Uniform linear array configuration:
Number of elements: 24
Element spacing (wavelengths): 0.75
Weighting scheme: hamming
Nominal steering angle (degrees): -30
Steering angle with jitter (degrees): -31.339
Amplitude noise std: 0.05
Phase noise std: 0.05

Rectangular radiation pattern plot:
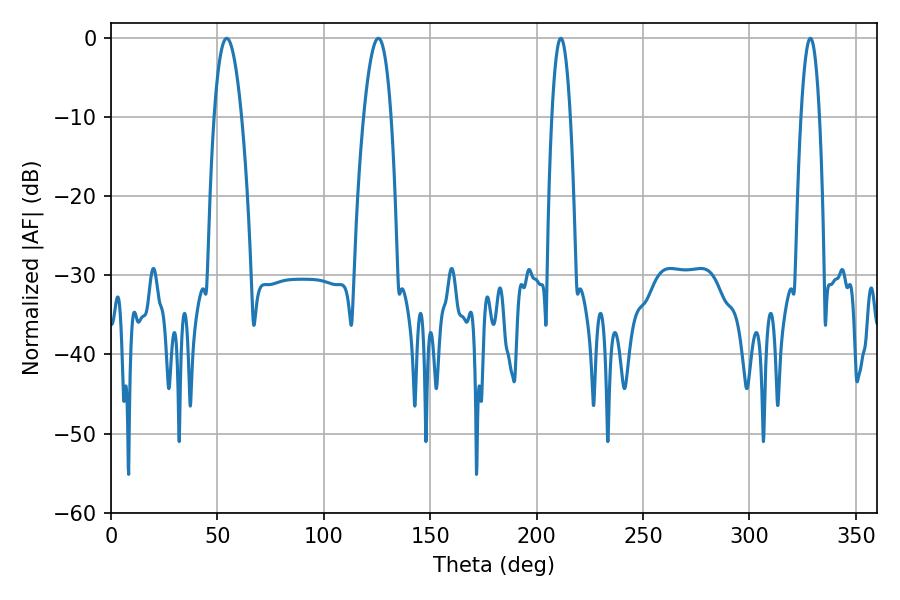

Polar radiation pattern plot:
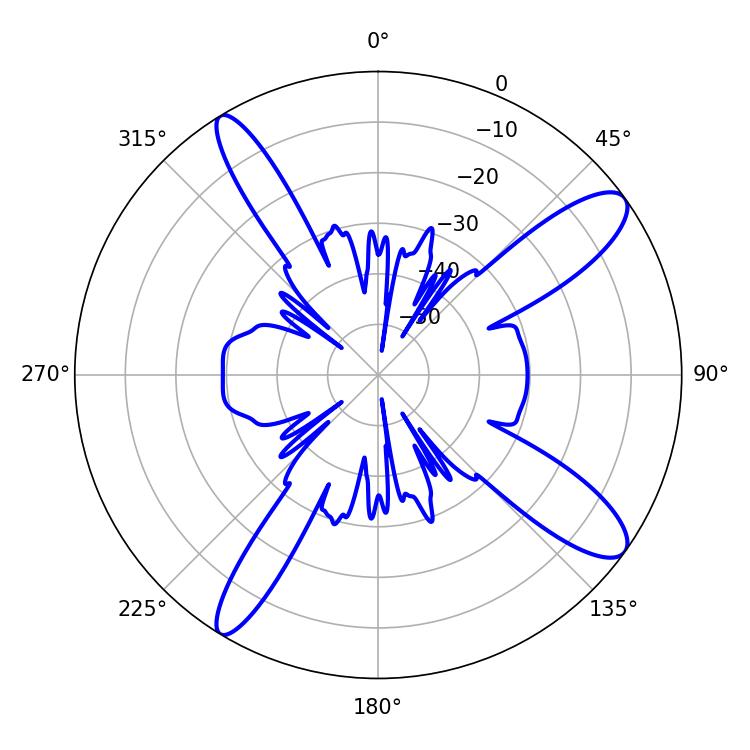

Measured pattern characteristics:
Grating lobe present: TRUE
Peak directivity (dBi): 12.099
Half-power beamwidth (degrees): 7.2
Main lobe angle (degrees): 54.36